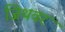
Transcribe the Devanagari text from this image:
जिथवर